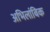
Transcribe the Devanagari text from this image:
अभिलांबिक